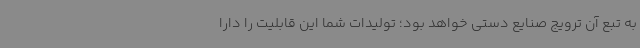
به تبع آن ترویج صنایع دستی خواهد بود؛ تولیدات شما این قابلیت را دارا